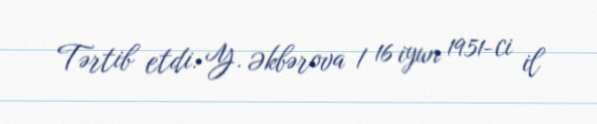
Tərtib etdi: Y. Əkbərova / 16 iyun 1951-ci il